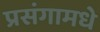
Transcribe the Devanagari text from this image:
प्रसंगामधे